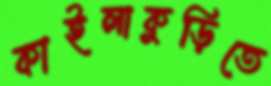
কাইলাকুড়িতে